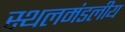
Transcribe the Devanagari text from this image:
स्थलमंडलीय